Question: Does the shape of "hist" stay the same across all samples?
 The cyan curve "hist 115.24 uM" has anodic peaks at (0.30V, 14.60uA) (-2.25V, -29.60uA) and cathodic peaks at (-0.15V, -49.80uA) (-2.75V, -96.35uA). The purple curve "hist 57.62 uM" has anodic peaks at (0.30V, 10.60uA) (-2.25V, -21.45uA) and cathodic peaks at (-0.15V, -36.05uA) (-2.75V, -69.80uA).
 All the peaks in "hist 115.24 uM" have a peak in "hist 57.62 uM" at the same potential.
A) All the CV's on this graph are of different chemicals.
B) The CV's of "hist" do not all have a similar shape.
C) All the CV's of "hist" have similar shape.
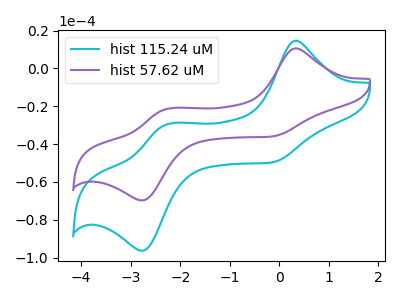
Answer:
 <answer>C) All the CV's of "hist" have similar shape.</answer>
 <eval>C</eval>